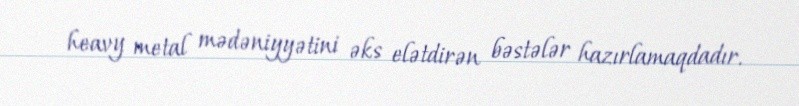
heavy metal mədəniyyətini əks elətdirən bəstələr hazırlamaqdadır.